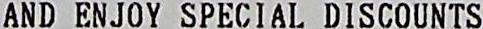
AND ENJOY SPECIAL DISCOUNTS